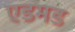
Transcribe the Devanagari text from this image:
एडमड